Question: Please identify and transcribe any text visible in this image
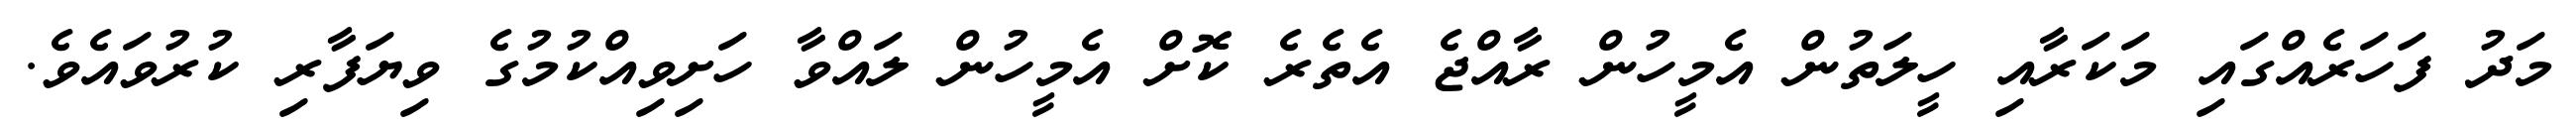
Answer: މަދު ފަހަރެއްގައި މަކަރާއި ހީލަތުން އެމީހުން ރާއްޖެ އެތެރެ ކޮށް އެމީހުން ލައްވާ ހަށިވިއްކުމުގެ ވިޔަފާރި ކުރުވައެވެ.